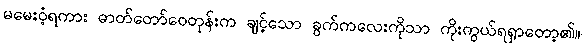
မမေးဝံ့ရကား ဓာတ်တော်ဝေတုန်းက ချင့်သော ခွက်ကလေးကိုသာ ကိုးကွယ်ရရှာတော့၏။